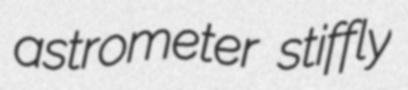
astrometer stiffly